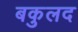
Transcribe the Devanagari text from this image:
बकुलद